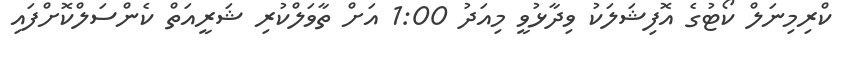
ކްރިމިނަލް ކޯޓުގެ އޮފިޝަލަކު ވިދާޅުވީ މިއަދު 1:00 އަށް ތާވަލްކުރި ޝަރީއަތް ކެންސަލްކޮށްފައި